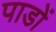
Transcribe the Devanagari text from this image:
पाडों